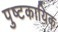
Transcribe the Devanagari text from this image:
पुष्टकायिक